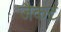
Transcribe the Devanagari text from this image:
जैकट